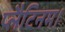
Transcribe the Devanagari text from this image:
प्लैटिनम।